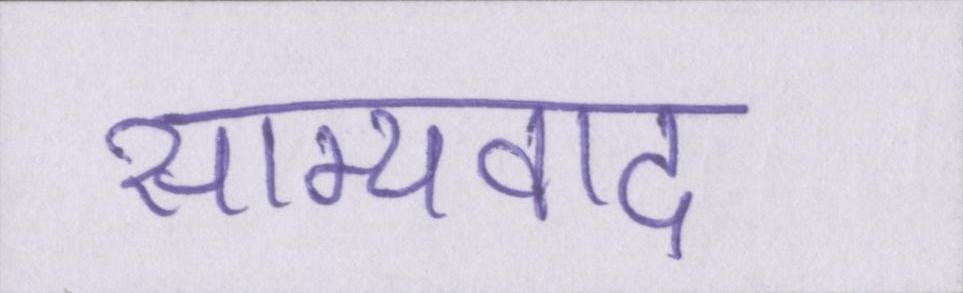
साम्यवाद